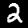
Label: 2